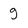
Character: g